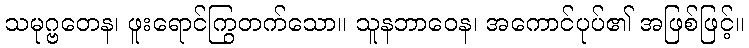
သမုဂ္ဗတေန၊ ဖူးရောင်ကြွတက်သော။ သူနဘာဝေန၊ အကောင်ပုပ်၏ အဖြစ်ဖြင့်။